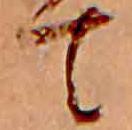
て